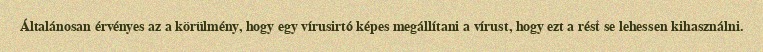
Általánosan érvényes az a körülmény, hogy egy vírusirtó képes megállítani a vírust, hogy ezt a rést se lehessen kihasználni.